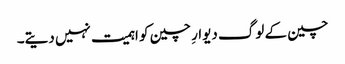
چین کے لوگ دیوارِ چین کو اہمیت نہیں دیتے۔